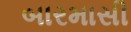
બારમાસી